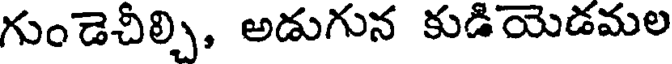
గుండెచీల్చి, అడుగున కుడియెడమల